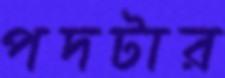
পদটার